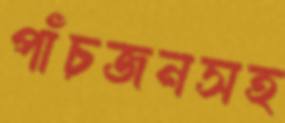
পাঁচজনসহ